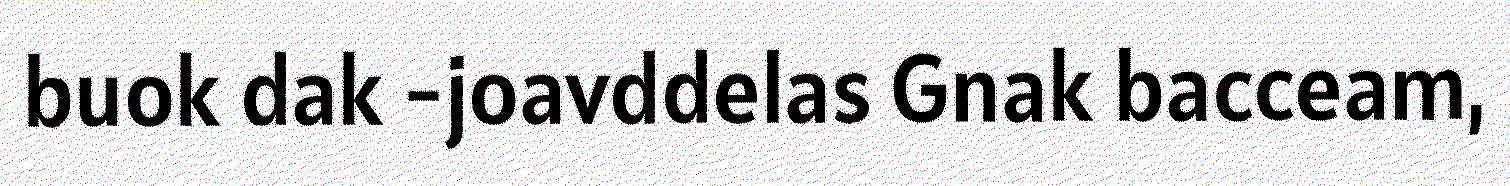
buok dak -joavddelas Gnak bacceam,